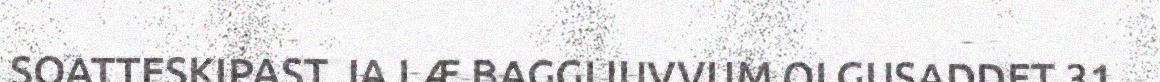
SOATTESKIPAST JA LÆ BAGGIJUVVUM OLGUSADDET 31